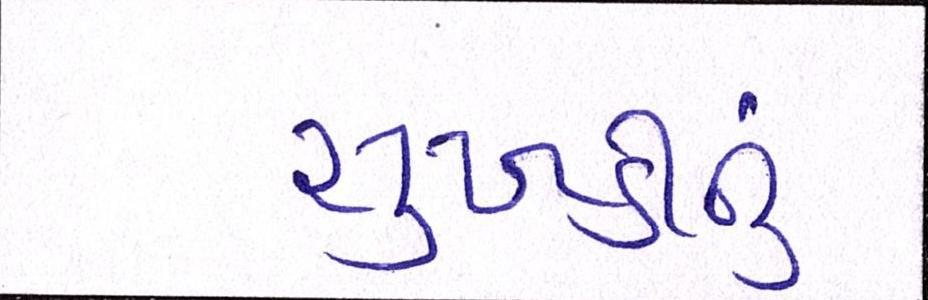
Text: સુખડીનું